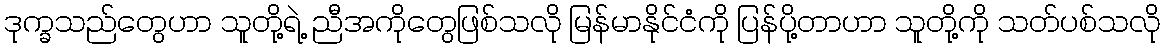
ဒုက္ခသည်တွေဟာ သူတို့ရဲ့ ညီအကိုတွေဖြစ်သလို မြန်မာနိုင်ငံကို ပြန်ပို့တာဟာ သူတို့ကို သတ်ပစ်သလို